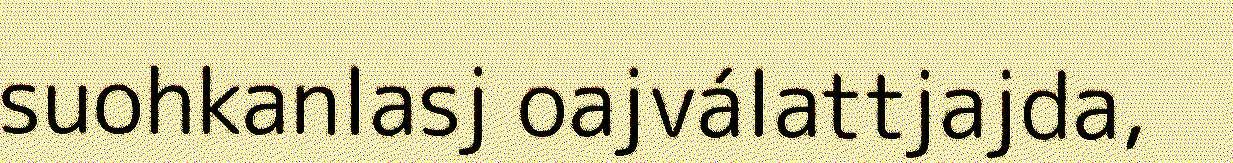
suohkanlasj oajválattjajda,